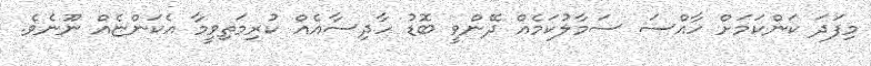
މިފަދަ ކަންކަމަށް ހާއްސަ ސަމާލުކަމެއް ދޭންވީ ބޮޑު ހާދިސާއެއް ކުރިމަތިވީމާ އެކަންޏެއް ނޫނެވެ.